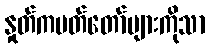
နှုတ်ကပတ်တော်များကိုသာ